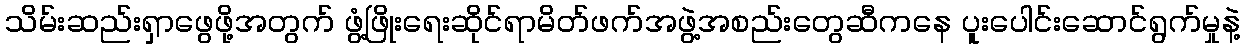
သိမ်းဆည်းရှာဖွေဖို့အတွက် ဖွံ့ဖြိုးရေးဆိုင်ရာမိတ်ဖက်အဖွဲ့အစည်းတွေဆီကနေ ပူးပေါင်းဆောင်ရွက်မှုနဲ့